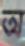
অ